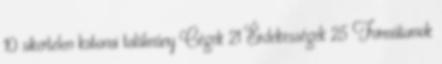
10 sikertelen katonai találmány Cégek 21 Érdekességek 25 Formátumok